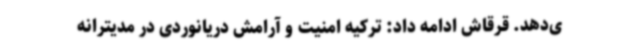
ی‌دهد. قرقاش ادامه داد: ترکیه امنیت و آرامش دریانوردی در مدیترانه